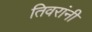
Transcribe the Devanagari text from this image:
तिवरांनी